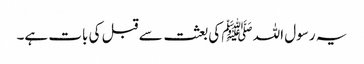
یہ رسول اللہ ﷺ کی بعثت سے قبل کی بات ہے۔